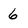
Character: 6